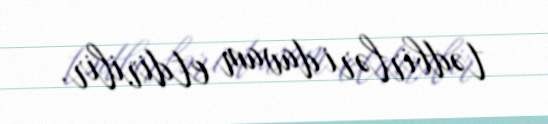
tədbirləri davam etdirilir.